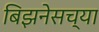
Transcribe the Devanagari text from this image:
बिझनेसच्या